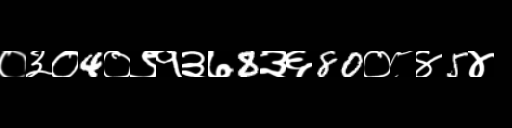
Text: ०३०4०९१३७8३६80०८४5४